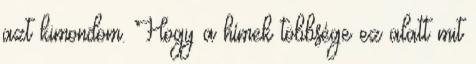
azt kimondom. Hogy a hímek többsége ez alatt mit